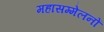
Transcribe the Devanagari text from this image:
महासम्मेलनों